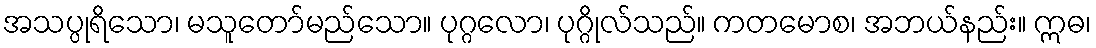
အသပ္ပုရိသော၊ မသူတော်မည်သော။ ပုဂ္ဂလော၊ ပုဂ္ဂိုလ်သည်။ ကတမောစ၊ အဘယ်နည်း။ ဣဓ၊